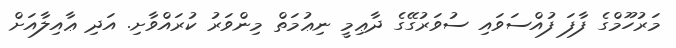
މަރުހޫމްގެ ފާފަ ފުއްސަވައި ސުވަރުގޭގެ ދާޢިމީ ނިޢުމަތް މިންވަރު ކުރައްވާށި. އަދި ޢާއިލާއަށް